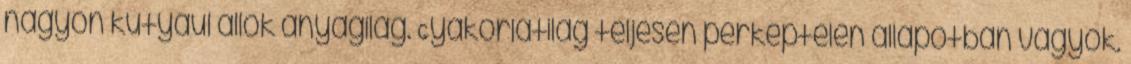
nagyon kutyául állok anyagilag. Gyakorlatilag teljesen perképtelen állapotban vagyok.